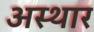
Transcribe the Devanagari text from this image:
अस्थार